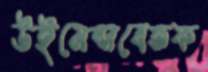
উইমেন্সবেতফ